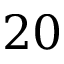
{ 2 0 }